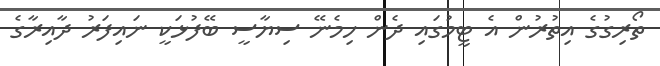
ތޯރިގުގެ އިތުރުން އެ ޓީމުގައި ދެން ހިމެނޭ ސިޔާސީ ބޭފުޅަކީ ނައިފަރު ދާއިރާގެ